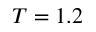
T = 1 . 2